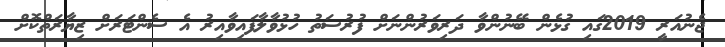
ޖެނުއަރީ 2019ގައި ގުޅެން ބޭނުންވާ ދަރިވަރުންނަށް ފުރުސަތު ހުޅުވާލާފައިވާއިރު އެ ސެންޓަރަށް ޒިޔާރަތްކޮށް